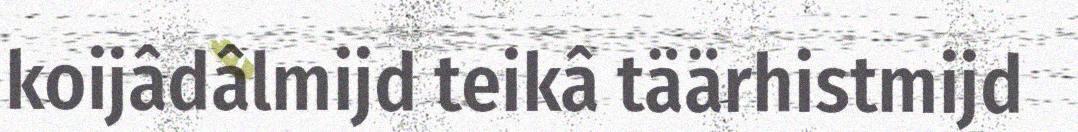
koijâdâlmijd teikâ täärhistmijd